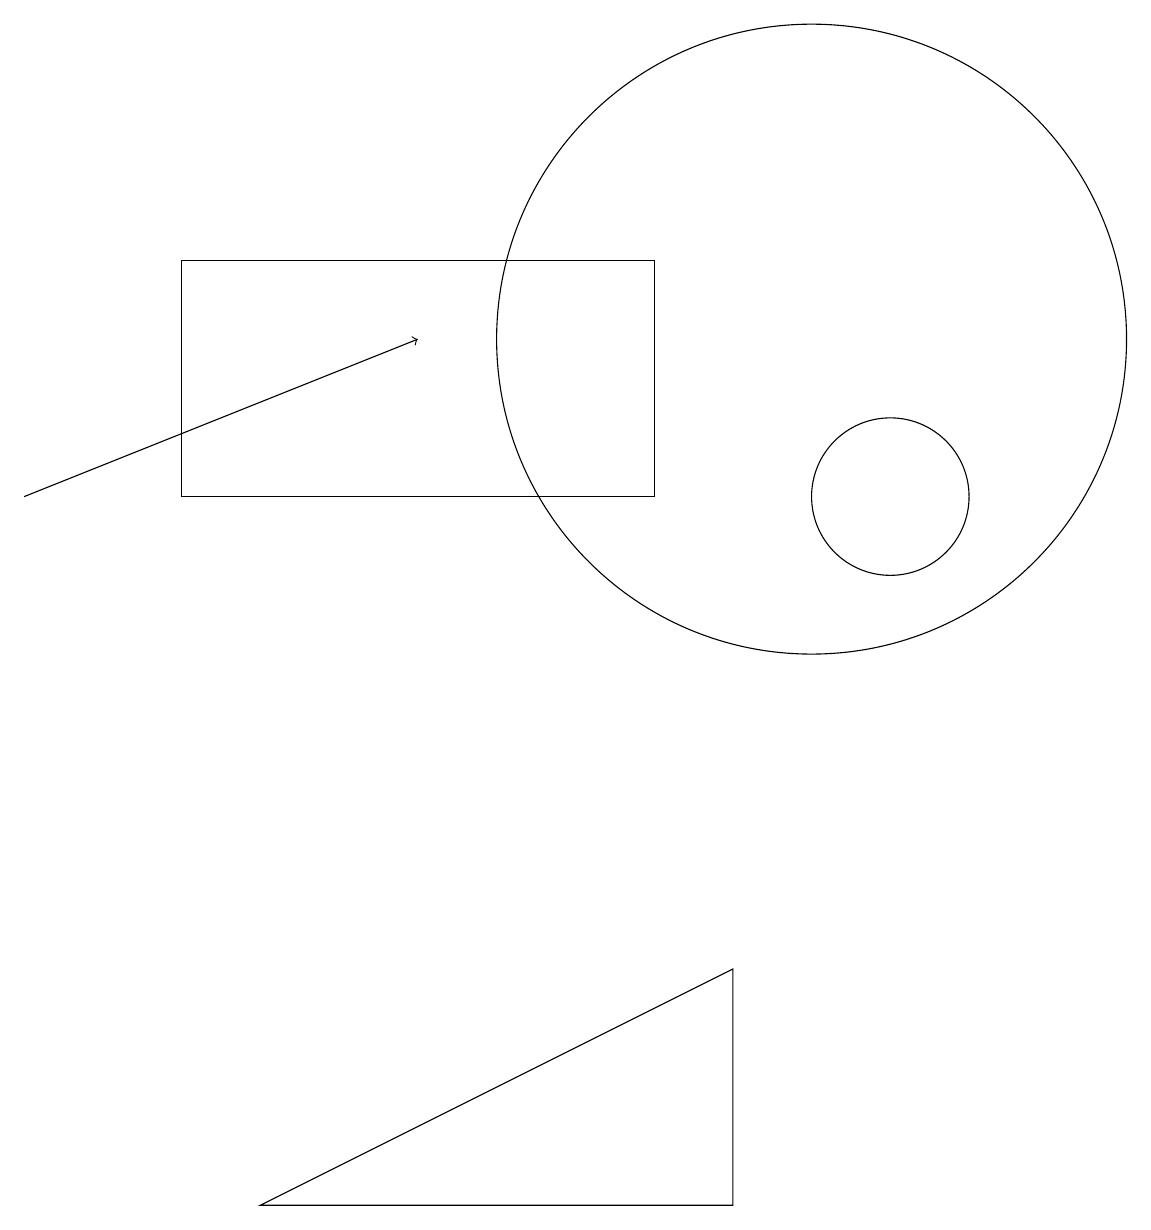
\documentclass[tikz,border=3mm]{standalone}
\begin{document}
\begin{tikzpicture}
\draw (11,10) circle (1);
\draw (10,12) circle (4);
\draw (8,13) rectangle (2,10);
\draw (9,4) -- (3,1) -- (9,1) -- cycle;
\draw[->] (0,10) -- (5,12);
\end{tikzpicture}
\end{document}